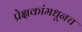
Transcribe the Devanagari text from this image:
प्रेक्षकांमधूनच